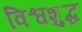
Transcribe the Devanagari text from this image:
विश्वशुद्ध